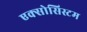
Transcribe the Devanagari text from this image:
एक्सोसिस्टम